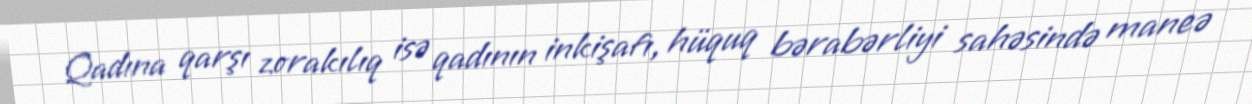
Qadına qarşı zorakılıq isə qadının inkişafı, hüquq bərabərliyi sahəsində maneə